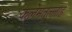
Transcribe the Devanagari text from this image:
कलेमतुल्लाह